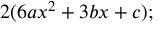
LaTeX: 2 ( 6 a x ^ { 2 } + 3 b x + c ) ;